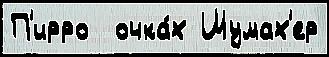
П'ирро  очка́х Шумах'ер